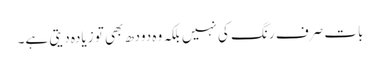
بات صرف رنگ کی نہیں بلکہ وہ دودھ بھی تو زیادہ دیتی ہے۔